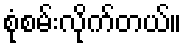
စုံစမ်းလိုက်တယ်။